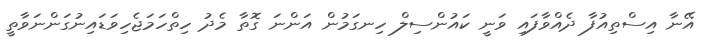
އޭނާ އިސްތިއުފާ ދެއްވާފައި ވަނީ ކައުންސިލް ހިނގަމުން އަންނަ ގޮތާ މެދު ހިތްހަމަޖެހިވަޑައިނުގަންނަވާތީ